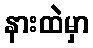
နားထဲမှာ